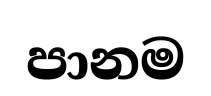
පානම